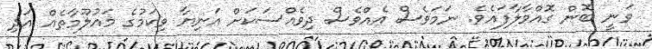
ވަނީ ބޮން ގޮއްވާލާފައެވެ. ނަމަވެސް އެއްވެސް ދިވެއްސަކަށް އަނިޔާ ވިކަަމުގެ މައުލޫމާތެއް އަދި